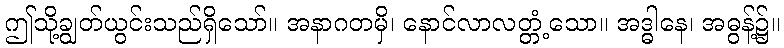
ဤသို့ချွတ်ယွင်းသည်ရှိသော်။ အနာဂတမှိ၊ နောင်လာလတ္တံ့သော။ အဒ္ဓါနေ၊ အဓွန့်၌။